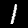
Label: 1